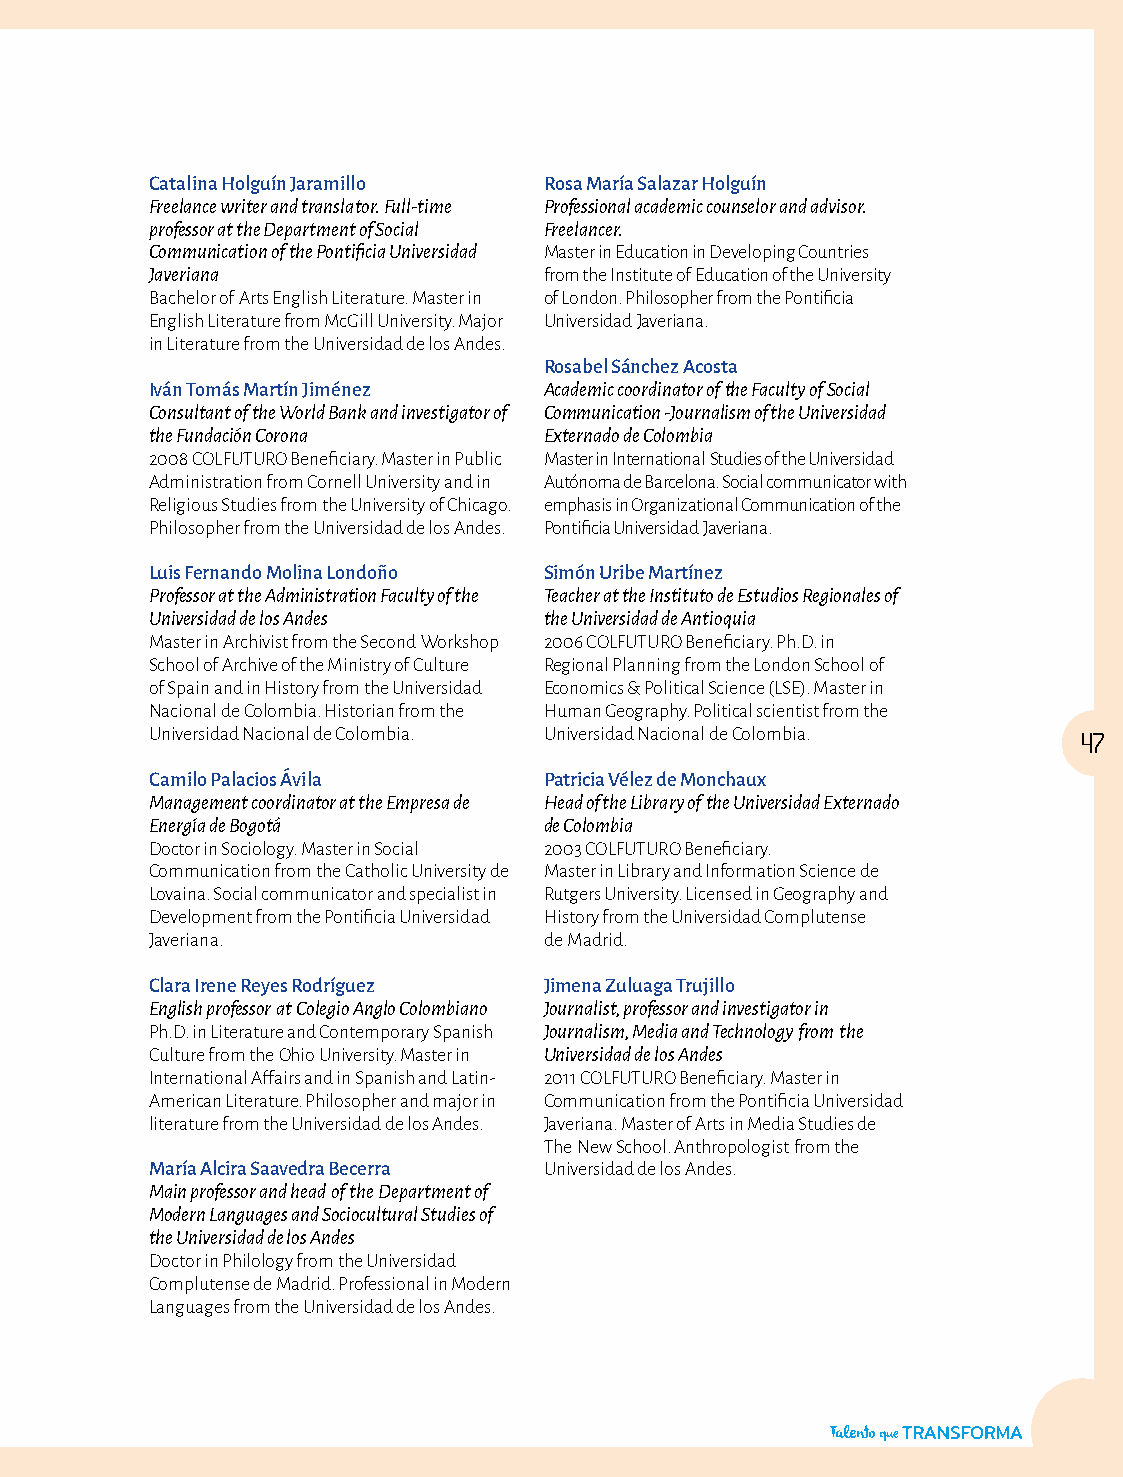
Catalina Holguín Jaramillo Rosa María Salazar Holguín
 Freelance writer and translator. Full-time Professional academic counselor and advisor.
 professor at the Department of Social Freelancer.
 Communication of the Pontificia Universidad Master in Education in Developing Countries
 Javeriana                 from the Institute of Education of the University
 Bachelor of Arts English Literature. Master in of London. Philosopher from the Pontificia
 English Literature from McGill University. Major Universidad Javeriana.
 in Literature from the Universidad de los Andes.
 Rosabel Sánchez Acosta
 Iván Tomás Martín Jiménez Academic coordinator of the Faculty of Social
 Consultant of the World Bank and investigator of Communication -Journalism of the Universidad
 the Fundación Corona      Externado de Colombia
 2008 COLFUTURO Beneficiary. Master in Public Master in International Studies of the Universidad
 Administration from Cornell University and in Autónoma de Barcelona. Social communicator with
 Religious Studies from the University of Chicago. emphasis in Organizational Communication of the
 Philosopher from the Universidad de los Andes. Pontificia Universidad Javeriana.
 Luis Fernando Molina Londoño Simón Uribe Martínez
 Professor at the Administration Faculty of the Teacher at the Instituto de Estudios Regionales of
 Universidad de los Andes  the Universidad de Antioquia
 Master in Archivist from the Second Workshop 2006 COLFUTURO Beneficiary. Ph.D. in
 School of Archive of the Ministry of Culture Regional Planning from the London School of
 of Spain and in History from the Universidad Economics & Political Science (LSE). Master in
 Nacional de Colombia. Historian from the Human Geography. Political scientist from the
 Universidad Nacional de Colombia. Universidad Nacional de Colombia. 47
 Camilo Palacios Ávila     Patricia Vélez de Monchaux
 Management coordinator at the Empresa de Head of the Library of the Universidad Externado
 Energía de Bogotá         de Colombia
 Doctor in Sociology. Master in Social 2003 COLFUTURO Beneficiary.
 Communication from the Catholic University de Master in Library and Information Science de
 Lovaina. Social communicator and specialist in Rutgers University. Licensed in Geography and
 Development from the Pontificia Universidad History from the Universidad Complutense
 Javeriana.                de Madrid.
 Clara Irene Reyes Rodríguez Jimena Zuluaga Trujillo
 English professor at Colegio Anglo Colombiano Journalist, professor and investigator in
 Ph.D. in Literature and Contemporary Spanish Journalism, Media and Technology from the
 Culture from the Ohio University. Master in Universidad de los Andes
 International Affairs and in Spanish and Latin- 2011 COLFUTURO Beneficiary. Master in
 American Literature. Philosopher and major in Communication from the Pontificia Universidad
 literature from the Universidad de los Andes. Javeriana. Master of Arts in Media Studies de
 The New School. Anthropologist from the
 María Alcira Saavedra Becerra Universidad de los Andes.
 Main professor and head of the Department of
 Modern Languages and Sociocultural Studies of
 the Universidad de los Andes
 Doctor in Philology from the Universidad
 Complutense de Madrid. Professional in Modern
 Languages from the Universidad de los Andes.